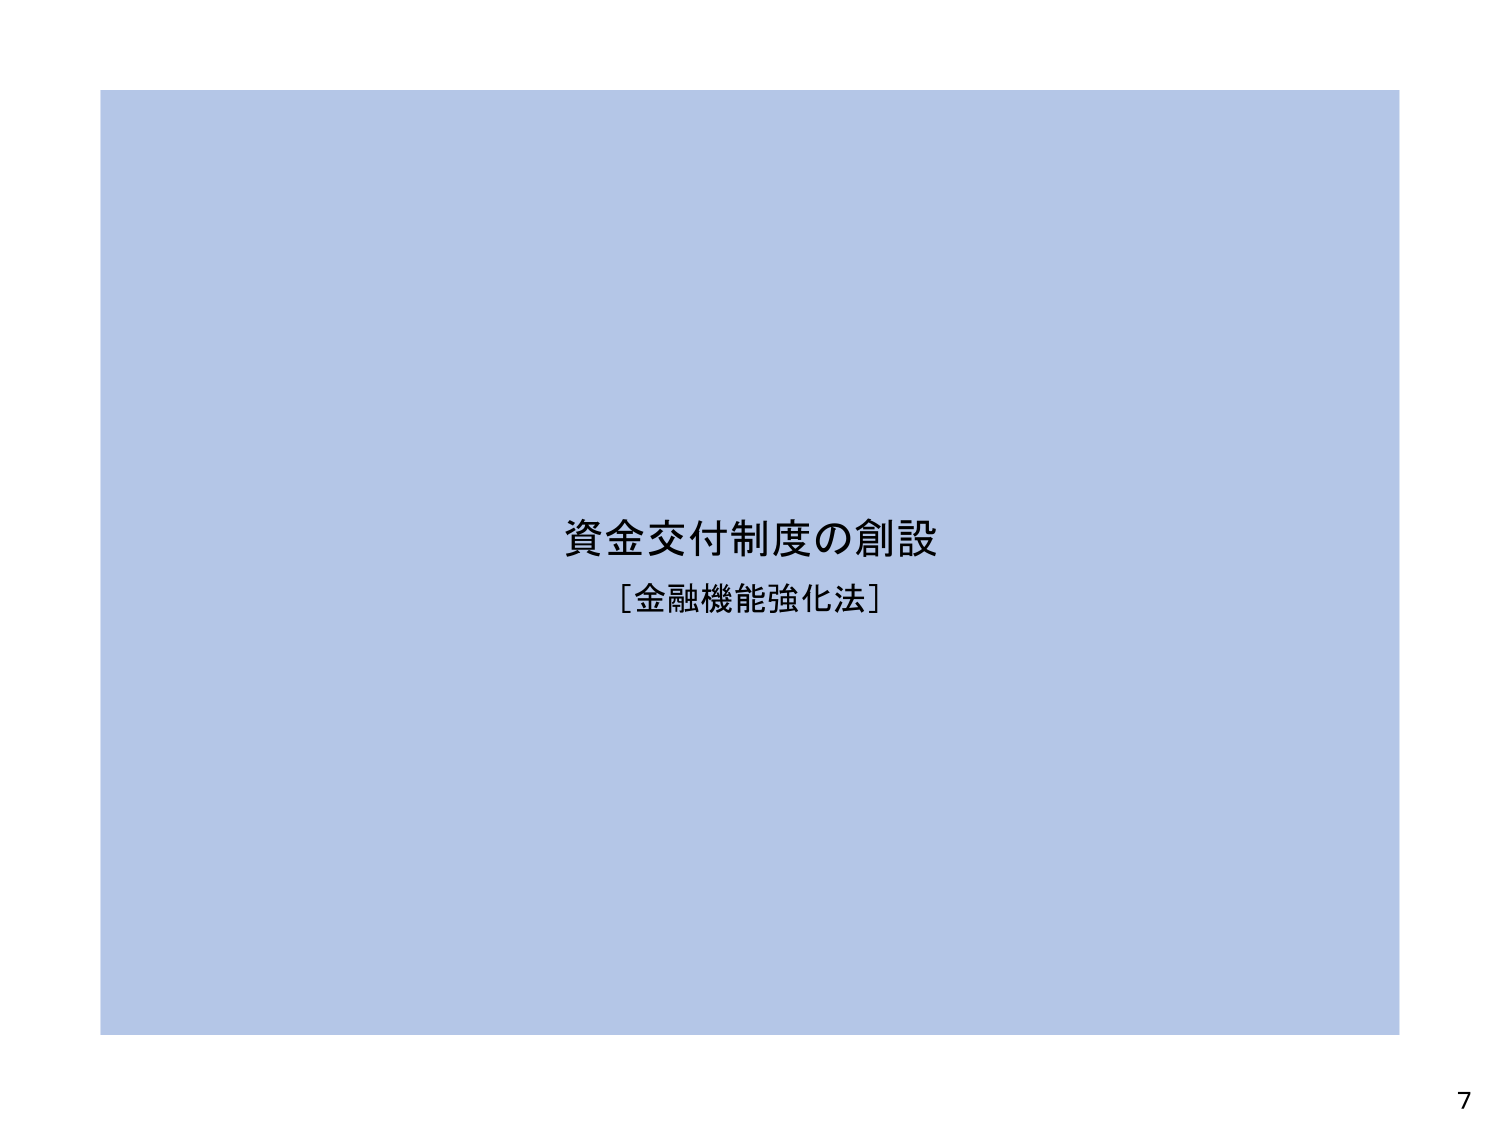
資金交付制度の創設
［金融機能強化法］
7